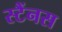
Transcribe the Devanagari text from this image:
स्टैंनस